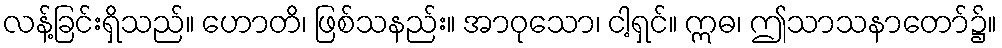
လန့်ခြင်းရှိသည်။ ဟောတိ၊ ဖြစ်သနည်း။ အာဝုသော၊ ငါ့ရှင်။ ဣဓ၊ ဤသာသနာတော်၌။